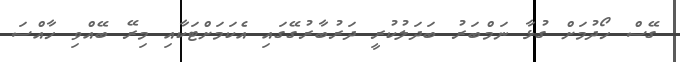
ގޭސް ހޯދުމަށް ގުޅާ ނަމްބަރު ބަދަލުކުރީ ދަރުބާރުގޭގައި އެކަމަށްޓަކާއި މިރޭ ބޭއްވި ހާއްސަ